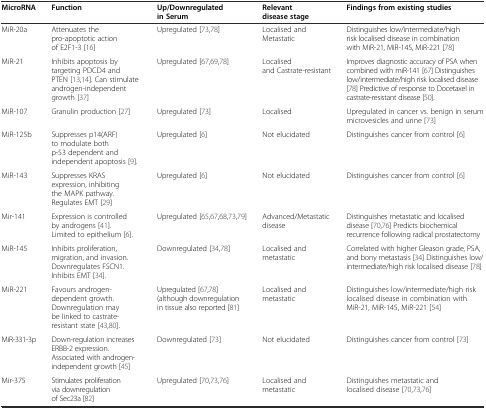
| MicroRNA | Function | Up/Downregulated in Serum | Relevant disease stage | Findings from existing studies |
 | --- | --- | --- | --- | --- |
 | MiR-20a | Attenuates the pro-apoptotic action of E2F1-3 [16] | Upregulated [73, 78] | Localised and Metastatic | Distinguishes low/intermediate/high risk localised disease in combination with MiR-21, MiR-145, MiR-221 [78] |
 | MiR-21 | Inhibits apoptosis by targeting PDCD4 and PTEN [13, 14]. Can stimulate androgen-independent growth [37] | Upregulated [67, 69, 78] | Localised and Castrate-resistant | Improves diagnostic accuracy of PSA when combined with miR-141 [67] Distinguishes low/intermediate/high risk localised disease [78] Predictive of response to Docetaxel in castrate-resistant disease [50]. |
 | MiR-107 | Granulin production [27] | Upregulated [73] | Localised | Upregulated in cancer vs. benign in serum microvesicles and urine [73] |
 | MiR-125b | Suppresses p14(ARF) to modulate both p-53 dependent and independent apoptosis [9]. | Upregulated [6] | Not elucidated | Distinguishes cancer from control [6] |
 | MiR-143 | Suppresses KRAS expression, inhibiting the MAPK pathway. Regulates EMT [29] | Upregulated [6] | Not elucidated | Distinguishes cancer from control [6] |
 | Mir-141 | Expression is controlled by androgens [41]. Limited to epithelium [6]. | Upregulated [65, 67, 68, 73, 79] | Advanced/Metastatic disease | Distinguishes metastatic and localised disease [70, 76] Predicts biochemical recurrence following radical prostatectomy |
 | MiR-145 | Inhibits proliferation, migration, and invasion. Downregulates FSCN1. Inhibits EMT [34]. | Downregulated [34, 78] | Localised and metastatic | Correlated with higher Gleason grade, PSA, and bony metastasis [34] Distinguishes low/intermediate/high risk localised disease [78] |
 | MiR-221 | Favours androgen-dependent growth. Downregulation may be linked to castrate-resistant state [43, 80]. | Upregulated [67, 78] (although downregulation in tissue also reported [81] | Localised and metastatic | Distinguishes low/intermediate/high risk localised disease in combination with MiR-21, MiR-145, MiR-221 [54] |
 | MiR-331-3p | Down-regulation increases ERBB-2 expression. Associated with androgen-independent growth [45] | Downregulated [73] | Not elucidated | Distinguishes cancer from control [73] |
 | Mir-375 | Stimulates proliferation via downregulation of Sec23a [82] | Upregulated [70, 73, 76] | Localised and metastatic | Distinguishes metastatic and localised disease [70, 73, 76] |